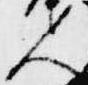
人